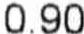
0.90